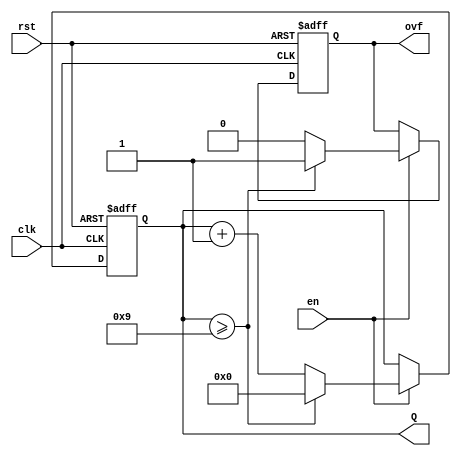
`timescale 1ns / 1ps
//////////////////////////////////////////////////////////////////////////////////
// Company: 
// Engineer: 
// 
// Design Name: 
// Module Name:    counter 
// Project Name: 
// Target Devices: 
// Tool versions: 
// Description: 
//
// Dependencies: 
//
// Revision: 
// Revision 0.01 - File Created
// Additional Comments: 
//
//////////////////////////////////////////////////////////////////////////////////
module counter9(
    //outputs
    Q, ovf,
    // inputs
    clk, en, rst
    );
    
    input clk;
    input en;
    input rst;
    
    output [3:0] Q;
    output ovf;
    
    reg [3:0] Q;
    reg ovf;
    
    initial
    begin
      Q = 4'b0000;
      ovf = 1'b0;
    end
    
    always @ (posedge clk or posedge rst)
      if (rst) begin
        Q = 4'b0000;
        ovf = 1'b0;
      end
      else
      begin
        if (en) begin
          ovf = (Q >= 9) ? 1'b1 : 1'b0;
          Q = (Q >= 9) ? 4'b0000 : Q + 1;
        end
      end
endmodule